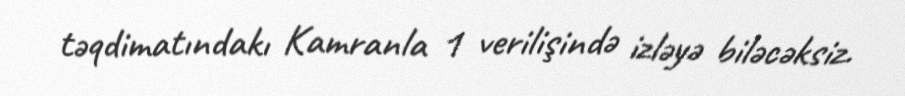
təqdimatındakı Kamranla 1 verilişində izləyə biləcəksiz.